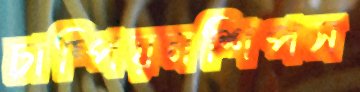
চাম্পিয়নশিপস